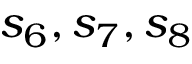
s _ { 6 } , s _ { 7 } , s _ { 8 }